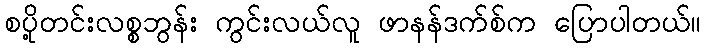
စပို့တင်းလစ္စဘွန်း ကွင်းလယ်လူ ဖာနန်ဒက်စ်က ပြောပါတယ်။